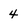
Character: 4